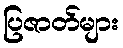
ပြဇာတ်များ